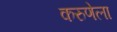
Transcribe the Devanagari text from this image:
करुणेला